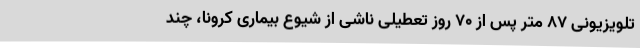
تلویزیونی 87 متر پس از 70 روز تعطیلی ناشی از شیوع بیماری کرونا، چند